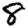
Digit: 8